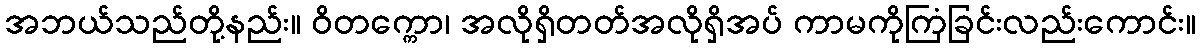
အဘယ်သည်တို့နည်း။ ဝိတက္ကော၊ အလိုရှိတတ်အလိုရှိအပ် ကာမကိုကြံခြင်းလည်းကောင်း။